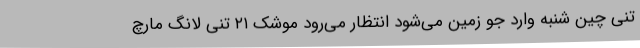
تنی چین شنبه وارد جو زمین می‌شود انتظار می‌رود موشک ۲۱ تنی لانگ مارچ